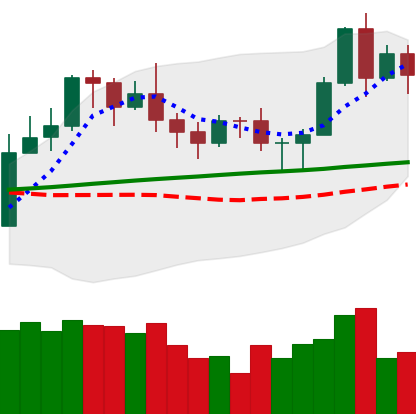
Ticker: LTC-USD
Chart end date: 2020-11-09
Forward return: 7.429%
Label: up_7plus